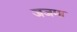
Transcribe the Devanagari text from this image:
जजमा